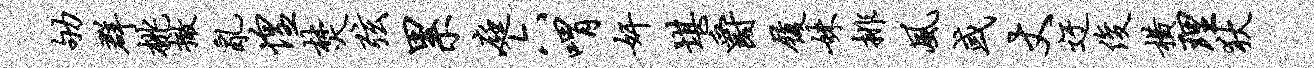
劬群桃撤乱惶焚弦累庭六喟奸堪爵履妹排风或丈迂俊横理狄